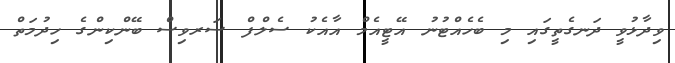
ވިދާޅުވީ ދަނގެތީގައި މި ބެހެއްޓުނު އޭޓީއެމް އާއެކު ސެލްފް ސަރވިސް ބޭންކިންގެ ހިދުމަތް